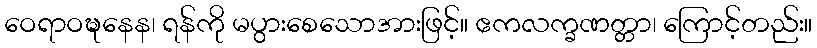
ဝေရာဝဍ္ဎနေန၊ ရန်ကို မပွားစေသောအားဖြင့်။ ဧကလက္ခဏတ္တာ၊ ကြောင့်တည်း။